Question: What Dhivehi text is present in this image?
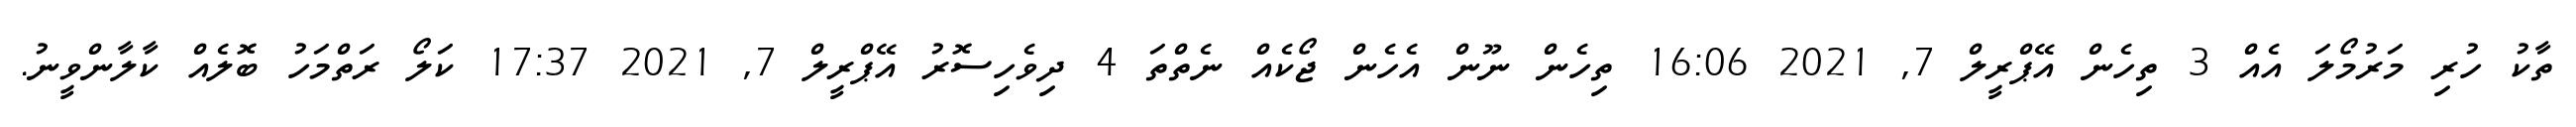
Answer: ތާކު ހުރި މަރުމޯލަ އެއް 3 ތިހެން އޭޕްރީލް 7, 2021 16:06 ތިހެން ނޫން އެހެން ޖޯކެއް ނެތްތަ 4 ދިވެހިސޮރު އޭޕްރީލް 7, 2021 17:37 ކަލޯ ރަތްމަހު ބޮލެއް ކާލާންވީނު.